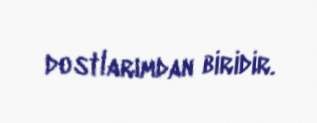
dostlarımdan biridir.